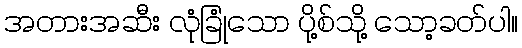
အတားအဆီး လုံခြုံသော ပို့စ်သို့ သော့ခတ်ပါ။